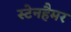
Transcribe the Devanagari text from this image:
स्टेनहैमर